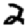
Digit: 2